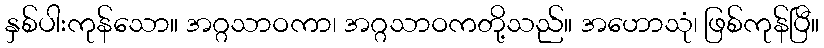
နှစ်ပါးကုန်သော။ အဂ္ဂသာဝကာ၊ အဂ္ဂသာဝကတို့သည်။ အဟောသုံ၊ ဖြစ်ကုန်ပြီ။